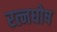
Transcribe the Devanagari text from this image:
रत्नघोष